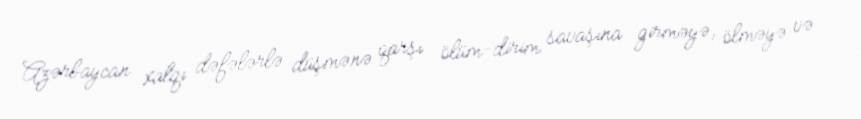
Azərbaycan xalqı dəfələrlə düşmənə qarşı ölüm-dirim savaşına girməyə, ölməyə və